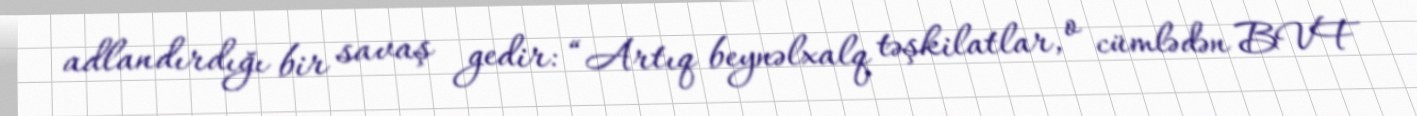
adlandırdığı bir savaş gedir: “Artıq beynəlxalq təşkilatlar, o cümlədən BVF